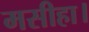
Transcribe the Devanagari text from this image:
मसीहा।